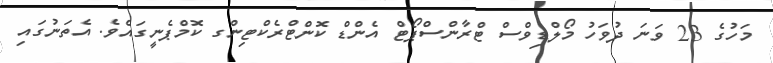
މަހުގެ 23 ވަނަ ދުވަހު މޯލްޑިވްސް ޓްރާންސްޕޯޓް އެންޑް ކޮންޓްރެކްޓިންގ ކޮމްޕެނީގައެވެ. އެތަނުގައި